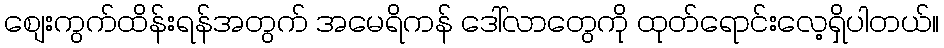
စျေးကွက်ထိန်းရန်အတွက် အမေရိကန် ဒေါ်လာတွေကို ထုတ်ရောင်းလေ့ရှိပါတယ်။